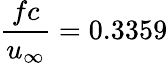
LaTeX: \frac{fc}{u_{\infty}}=0.3359